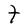
Character: t